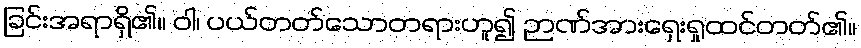
ခြင်းအရာရှိ၏။ ဝါ၊ ပယ်တတ်သောတရားဟူ၍ ဉာဏ်အားရှေးရှုထင်တတ်၏။